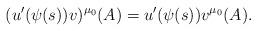
LaTeX: \begin{align*}(u'(\psi(s))v)^{\mu_0}(A) = u'(\psi(s))v^{\mu_0}(A).\end{align*}